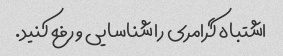
اشتباه گرامری را شناسایی و رفع کنید.